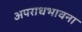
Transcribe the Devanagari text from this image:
अपराधभावना